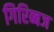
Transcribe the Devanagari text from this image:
गिरिब्बज